画像に写った文字を読んでください
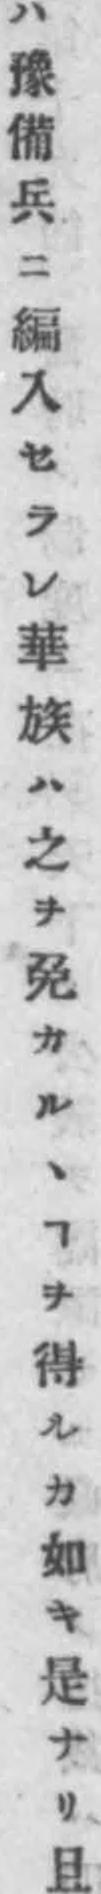
「ハ豫備兵ニ編入セラレ華族ハ之ヲ免カルヽヿヲ得ルカ如キ是ナリ且」と書いてあります